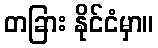
တခြား နိုင်ငံမှာ။